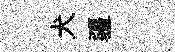
犬疆